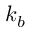
k _ { b }